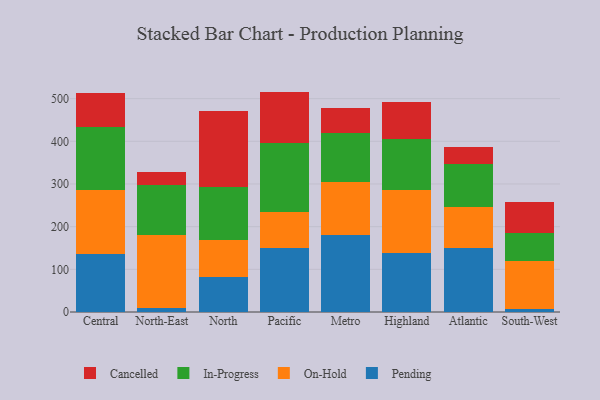
{"axis": {"x": "Region", "y": "Net Income (USD K)"}, "legend": ["Cancelled", "In-Progress", "On-Hold", "Pending"], "data": [{"x": "Central", "y": 136.7, "type": "Pending"}, {"x": "Central", "y": 149.1, "type": "On-Hold"}, {"x": "Central", "y": 146.7, "type": "In-Progress"}, {"x": "Central", "y": 81.2, "type": "Cancelled"}, {"x": "North-East", "y": 8.5, "type": "Pending"}, {"x": "North-East", "y": 172.7, "type": "On-Hold"}, {"x": "North-East", "y": 115.9, "type": "In-Progress"}, {"x": "North-East", "y": 30.1, "type": "Cancelled"}, {"x": "North", "y": 82.2, "type": "Pending"}, {"x": "North", "y": 86.5, "type": "On-Hold"}, {"x": "North", "y": 124.2, "type": "In-Progress"}, {"x": "North", "y": 179.2, "type": "Cancelled"}, {"x": "Pacific", "y": 151.0, "type": "Pending"}, {"x": "Pacific", "y": 83.8, "type": "On-Hold"}, {"x": "Pacific", "y": 160.5, "type": "In-Progress"}, {"x": "Pacific", "y": 121.2, "type": "Cancelled"}, {"x": "Metro", "y": 179.7, "type": "Pending"}, {"x": "Metro", "y": 124.9, "type": "On-Hold"}, {"x": "Metro", "y": 115.8, "type": "In-Progress"}, {"x": "Metro", "y": 58.1, "type": "Cancelled"}, {"x": "Highland", "y": 137.7, "type": "Pending"}, {"x": "Highland", "y": 148.6, "type": "On-Hold"}, {"x": "Highland", "y": 118.2, "type": "In-Progress"}, {"x": "Highland", "y": 87.7, "type": "Cancelled"}, {"x": "Atlantic", "y": 149.8, "type": "Pending"}, {"x": "Atlantic", "y": 96.4, "type": "On-Hold"}, {"x": "Atlantic", "y": 101.3, "type": "In-Progress"}, {"x": "Atlantic", "y": 40.3, "type": "Cancelled"}, {"x": "South-West", "y": 7.1, "type": "Pending"}, {"x": "South-West", "y": 112.2, "type": "On-Hold"}, {"x": "South-West", "y": 65.1, "type": "In-Progress"}, {"x": "South-West", "y": 74.0, "type": "Cancelled"}]}